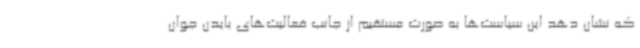
که نشان دهد این سیاست‌ها به صورت مستقیم از جانب فعالیت‌های بایدن جوان